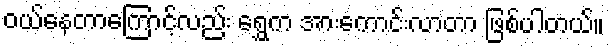
ဝယ်နေတာကြောင့်လည်း ရွှေက အားကောင်းလာတာ ဖြစ်ပါတယ်။